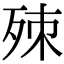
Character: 𣨁